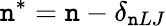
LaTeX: \mathtt{n}^{*}=\mathtt{n}-\delta_{\mathtt{n}LJ}